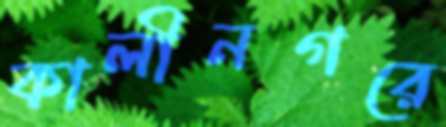
কালীনগরে